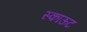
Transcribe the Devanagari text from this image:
स्काऊट